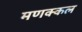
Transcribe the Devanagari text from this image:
मणक्कल